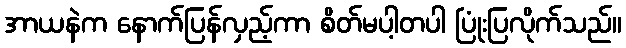
အာယနဲက နောက်ပြန်လှည့်ကာ စိတ်မပါ့တပါ ပြုံးပြလိုက်သည်။